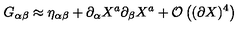
G _ { \alpha \beta } \approx \eta _ { \alpha \beta } + \partial _ { \alpha } X ^ { a } \partial _ { \beta } X ^ { a } + { \cal O } \left( ( \partial X ) ^ { 4 } \right)